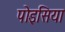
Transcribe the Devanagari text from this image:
पोइसिया